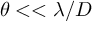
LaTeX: \theta < < \lambda / D